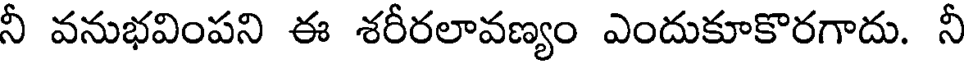
నీ వనుభవింపని ఈ శరీరలావణ్యం ఎందుకూకొరగాదు. నీ